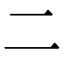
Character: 二